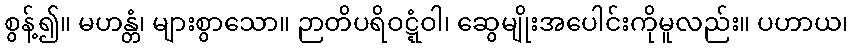
စွန့်၍။ မဟန္တံ၊ များစွာသော။ ဉာတိပရိဝဋ္ဋံဝါ၊ ဆွေမျိုးအပေါင်းကိုမူလည်း။ ပဟာယ၊